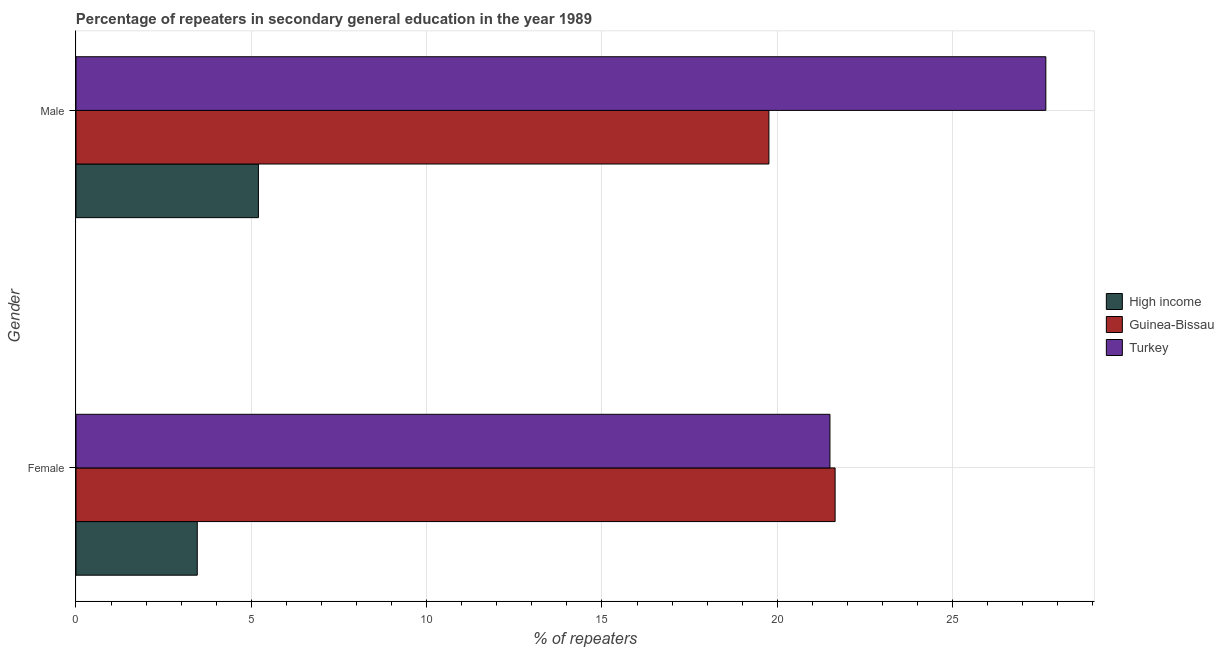
| Gender | High income | Guinea-Bissau | Turkey |
 | --- | --- | --- | --- |
 | Female | 3.46 | 21.6 | 21.5 |
 | Male | 5.2 | 19.8 | 27.7 |